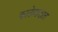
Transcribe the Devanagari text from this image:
काठेवाडात